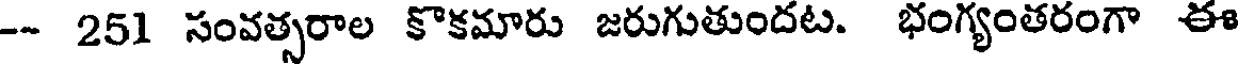
-- 251 సంవత్సరాల కొకమారు జరుగుతుందట. భంగ్యంతరంగా ఈ